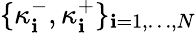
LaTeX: \{ \kappa_{\mathbf{i}}^{-},\kappa_{\mathbf{i}}^{+}\} _{\mathbf{i}=1,\ldots,N}